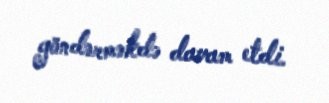
göndərməkdə davam etdi.